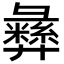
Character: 彝